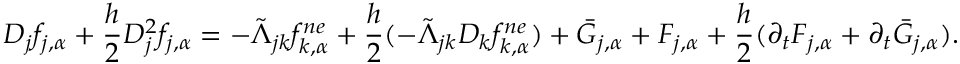
D _ { j } f _ { j , \alpha } + \frac { h } { 2 } D _ { j } ^ { 2 } f _ { j , \alpha } = - \tilde { \Lambda } _ { j k } f _ { k , \alpha } ^ { n e } + \frac { h } { 2 } ( - \tilde { \Lambda } _ { j k } D _ { k } f _ { k , \alpha } ^ { n e } ) + \bar { G } _ { j , \alpha } + F _ { j , \alpha } + \frac { h } { 2 } ( \partial _ { t } F _ { j , \alpha } + \partial _ { t } \bar { G } _ { j , \alpha } ) .